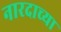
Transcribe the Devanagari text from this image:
नारदाच्या